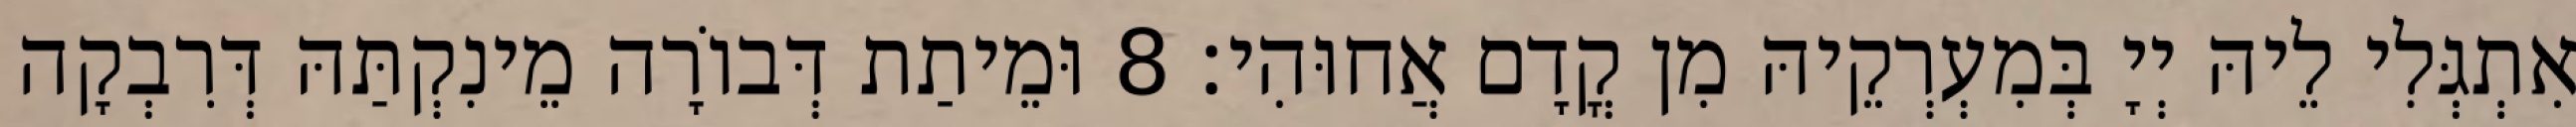
אִתְגְּלִי לֵיהּ יְיָ בְּמִעְרְקֵיהּ מִן קֳדָם אֲחוּהִי׃ 8 וּמֵיתַת דְּבוֹרָה מֵינִקְתַּהּ דְּרִבְקָה